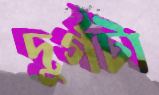
দুর্গটা